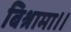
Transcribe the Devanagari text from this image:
बिश्रामा।।